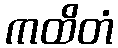
ကထိတံ